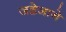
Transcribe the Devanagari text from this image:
जडेजाने